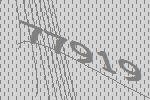
77919